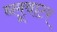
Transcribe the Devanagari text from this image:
ब्लूवाटर